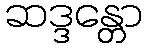
ဆဒ္ဒန္တော